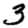
Digit: 3